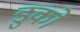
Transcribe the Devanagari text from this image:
डुको